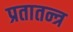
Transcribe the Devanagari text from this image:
प्रतातन्त्र